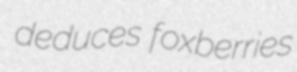
deduces foxberries